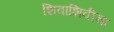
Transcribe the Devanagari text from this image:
शिवाशिवीचा